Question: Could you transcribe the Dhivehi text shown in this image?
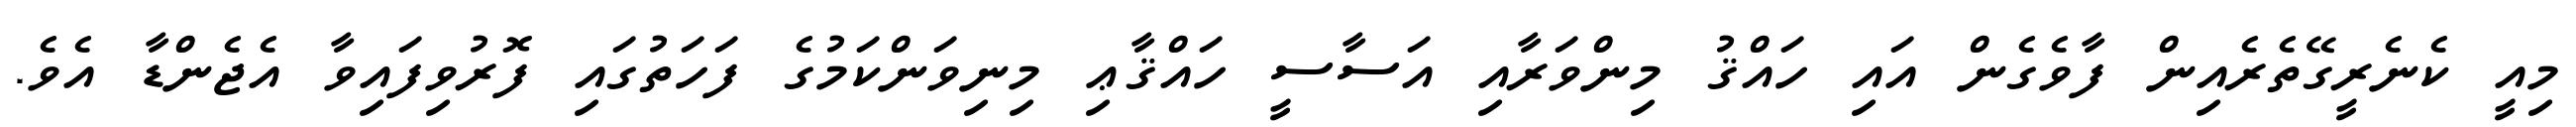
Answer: މިއީ ކެނެރީގޭތެރެއިން ފާވެގެން އައި ހައްޤު މިންވަރާއި އަސާސީ ހައްޤާޢި މިނިވަންކަމުގެ ފަހަތުގައި ފޮރުވިފައިވާ އެޖެންޑާ އެވެ.